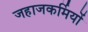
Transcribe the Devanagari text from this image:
जहाजकर्मियों